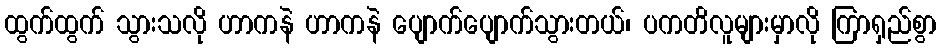
ထွက်ထွက် သွားသလို ဟာကနဲ ဟာကနဲ ပျောက်ပျောက်သွားတယ်၊ ပကတိလူများမှာလို ကြာရှည်စွာ